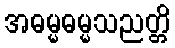
အဓမ္မဓမ္မသညတ္တိ